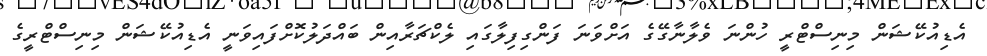
އެޑިއުކޭޝަން މިނިސްޓްރީ ހުންނަ ވެލާނާގޭގެ އަށްވަނަ ފަންގިފިލާގައި ލެކްޗަރާއިން ބައްދަލުކޮށްފައިވަނީ އެޑިއުކޭޝަން މިނިސްޓްރީގެ